system: You are a helpful assistant.
user:
Analyze the provided spectrum to determine if it is a **M-type Giant (gM)**.

A M-type Giant spectrum is defined by its **strong molecular absorption** features, particularly from **Titanium Oxide (TiO)**. You must check for one of the following mutually exclusive signatures:

- **Key Visual Indicators (Absorption-Dominated Spectrum):**

    - **(Primary):** The spectrum is dominated by strong molecular absorption from **Titanium Oxide (TiO)**. This is the **defining feature** of its M-type temperature class.
        - **(Key Bandheads):** Look for sharp, "saw-tooth" absorption valleys. The strongest are located near **~7050 Å**, **~6160 Å**, and **~5170 Å**.
        - **(Line Profile):** The "saw-tooth" morphology is critical: a **sharp, steep drop on the BLUE (short-wavelength) side** of the bandhead, followed by a gradual recovery (rising flux) towards the RED (long-wavelength) side.

    - **(Key Confirmation - Giant vs. Dwarf):** **ABSENCE** of strong **Calcium Hydride (CaH)** molecular bands. This is the primary diagnostic for *excluding* M-dwarfs.
        - **(Key Region):** The spectrum should lack the strong, broad absorption band seen in dwarfs between **~6800 Å and ~7000 Å**.

    - **(Secondary Confirmation - Giant):** A very strong and broad **Neutral Calcium (Ca I)** atomic absorption line.
        - **(Key Line):** Located at **~4226 Å**. In a giant (gM), this line is significantly deeper and broader than the same line in an M-dwarf (dM) due to low surface gravity.

    - **(Overall Spectrum):**
        - The continuum is **extremely red-sloping** (i.e., flux is very low in the blue and rises dramatically towards the red).
        - The entire spectrum appears "chopped up" by the deep TiO bands.

Think first, call **spectral_visualization_tool** if needed to examine features in detail, then provide your final answer. Your response must adhere to the following strict rules:
1.  **Overall Structure:** Your response must follow the format `<think>...</think> <tool_call>...</tool_call> (if a tool is used) <answer>...</answer>`.
2.  **Tool Usage Constraint:** You may only make **one** tool call per turn.
3.  **Final Answer Format:** In the `<answer>` tag, your conclusion must be inside a `\boxed{}` command (e.g., `\boxed{YES}` or `\boxed{NO}`), followed by your justification.

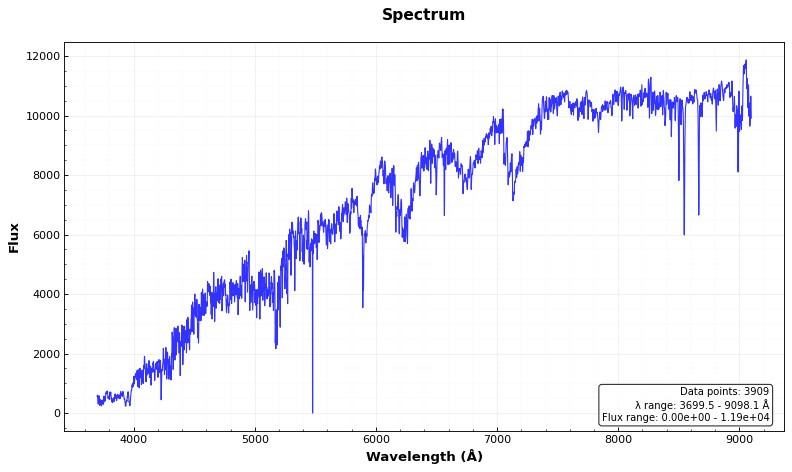
Answer: YES